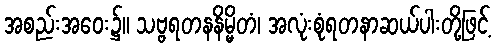
အစည်းအဝေး၌။ သဗ္ဗရတနနိမ္မိတံ၊ အလုံးစုံရတနာဆယ်ပါးတို့ဖြင့်